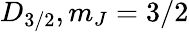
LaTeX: D_{3/2},m_{J}=3/2